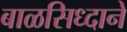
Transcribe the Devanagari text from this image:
बाळसिध्दाने